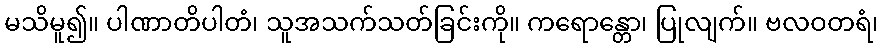
မသိမူ၍။ ပါဏာတိပါတံ၊ သူအသက်သတ်ခြင်းကို။ ကရောန္တော၊ ပြုလျက်။ ဗလဝတရံ၊